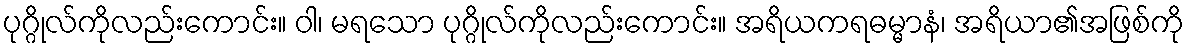
ပုဂ္ဂိုလ်ကိုလည်းကောင်း။ ဝါ၊ မရသော ပုဂ္ဂိုလ်ကိုလည်းကောင်း။ အရိယကရဓမ္မာနံ၊ အရိယာ၏အဖြစ်ကို